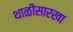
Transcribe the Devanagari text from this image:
थाळीसारखा